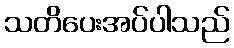
သတိပေးအပ်ပါသည်